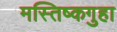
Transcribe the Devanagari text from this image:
मस्तिष्कगुहा